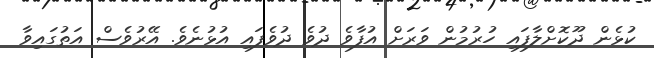
ކުޅެން ދޫކޮށްލާފައި ހުރުމުން ވަރަށް އުފާވެ ދުވެ ދުވެފައި އުޅުނެވެ. އޭރުވެސް އަތުގައިވާ